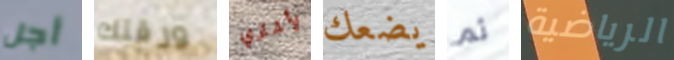
أجل ورقتك لأشتري يضعك ثم الرياضية